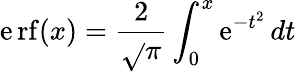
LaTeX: \operatorname{\mathrm{e}rf}(x)={\frac{{2}}{{\sqrt{}{{\pi}}}}}\int_{0}^{x}\mathrm{e}^{-t^{2}}\, dt